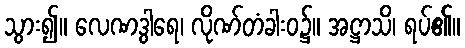
သွား၍။ လေဏဒွါရေ၊ လိုဏ်တံခါးဝ၌။ အဋ္ဌာသိ၊ ရပ်၏။